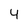
Character: 4